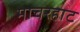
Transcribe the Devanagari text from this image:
माचरहाट